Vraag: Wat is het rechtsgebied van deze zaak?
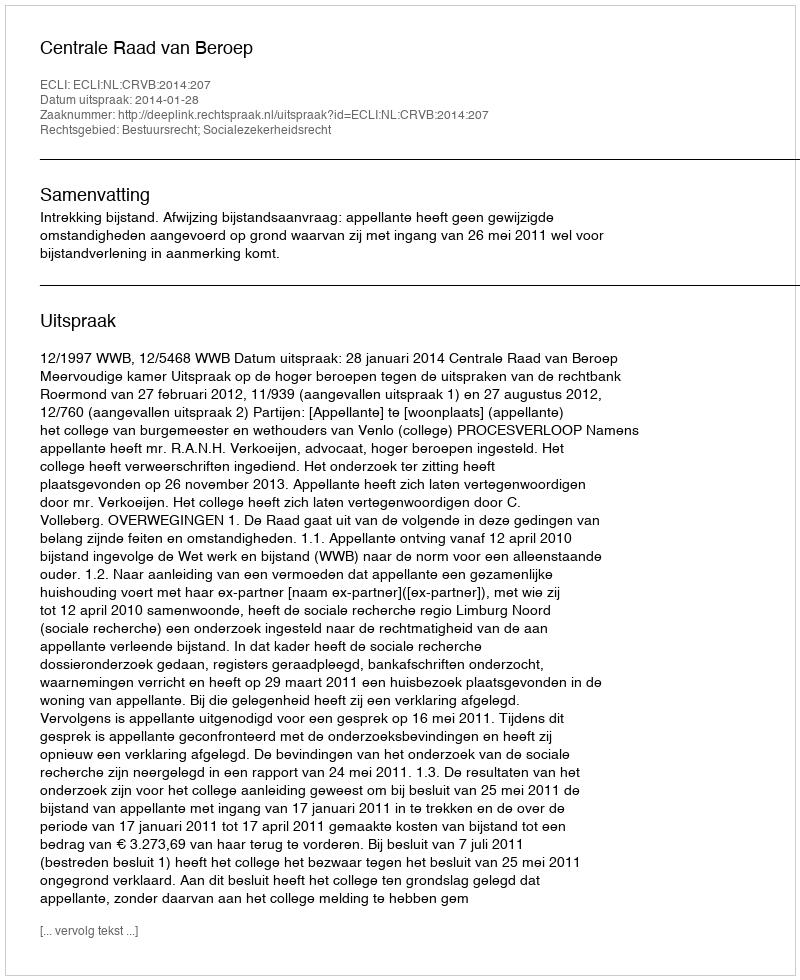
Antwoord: Bestuursrecht; Socialezekerheidsrecht